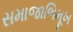
સમાજાભિમૂખ